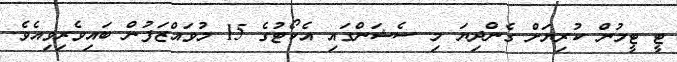
ޓީ ޓީމުން ކުރިޔަށް ގެންދިޔަ މި ސެޝަންގައި އެކޯޓުގެ 15 މުވައްޒަފުން ބައިވެރިވިއެވެ.